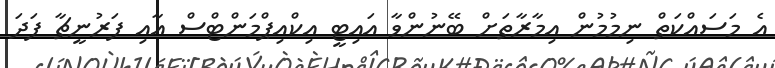
އެ މަސައްކަތް ނިމުމުން އިމާރާތަށް ބޭނުންވާ އައިޓީ އިކްއިޕްމަންޓްސް އާއި ފަރުނީޗާ ފަދަ